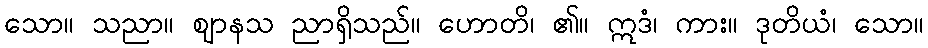
သော။ သညာ။ ဈာနသ ညာရှိသည်။ ဟောတိ၊ ၏။ ဣဒံ၊ ကား။ ဒုတိယံ၊ သော။